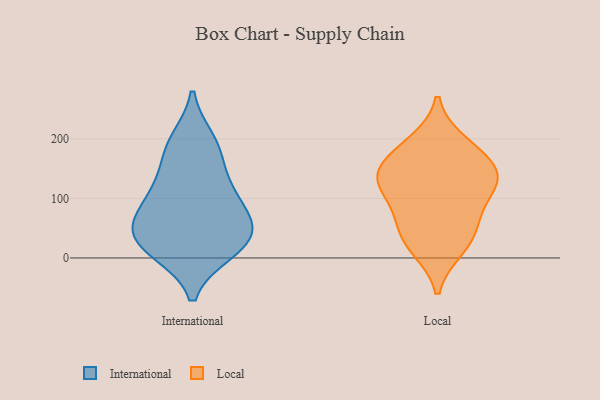
{"axis": {"x": "Revenue (USD Million)", "y": "Value"}, "legend": ["International", "Local"], "data": [{"x": "", "y": 83, "type": "International"}, {"x": "", "y": 49, "type": "International"}, {"x": "", "y": 44, "type": "International"}, {"x": "", "y": 13, "type": "International"}, {"x": "", "y": 127, "type": "International"}, {"x": "", "y": 104, "type": "International"}, {"x": "", "y": 177, "type": "International"}, {"x": "", "y": 11, "type": "International"}, {"x": "", "y": 45, "type": "International"}, {"x": "", "y": 197, "type": "International"}, {"x": "", "y": 193, "type": "Local"}, {"x": "", "y": 140, "type": "Local"}, {"x": "", "y": 122, "type": "Local"}, {"x": "", "y": 149, "type": "Local"}, {"x": "", "y": 115, "type": "Local"}, {"x": "", "y": 73, "type": "Local"}, {"x": "", "y": 57, "type": "Local"}, {"x": "", "y": 17, "type": "Local"}, {"x": "", "y": 137, "type": "Local"}, {"x": "", "y": 28, "type": "Local"}, {"x": "", "y": 179, "type": "Local"}]}